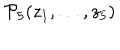
LaTeX: { \cal P } _ { 5 } { ( z _ { 1 } , \dots , z _ { 5 } ) }